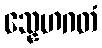
သ္နေဟဂတံ